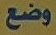
وضع